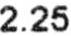
2.25